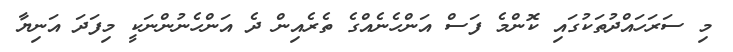
މި ސަރަހައްދުތަކުގައި ކޮންމެ ފަސް އަންހެނެއްގެ ތެރެއިން ދެ އަންހެނުންނަކީ މިފަދަ އަނިޔާ